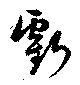
虧